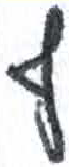
אות: ף